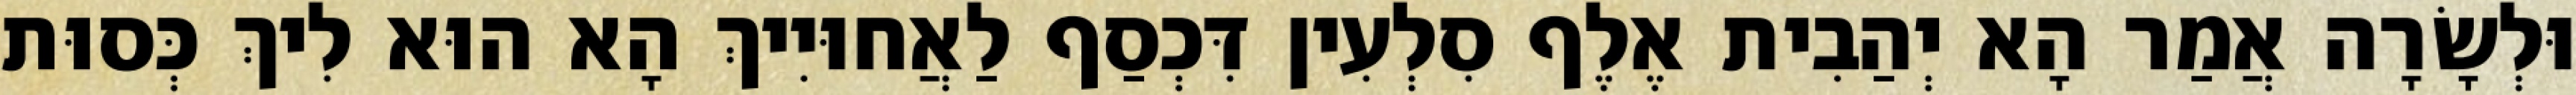
וּלְשָׂרָה אֲמַר הָא יְהַבִית אֶלֶף סִלְעִין דִּכְסַף לַאֲחוּיִיךְ הָא הוּא לִיךְ כְּסוּת